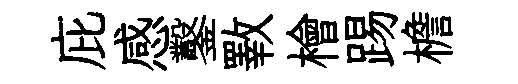
庇感鑿斁檜踢檐